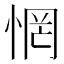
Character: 惘